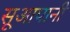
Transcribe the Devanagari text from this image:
सूआपानी